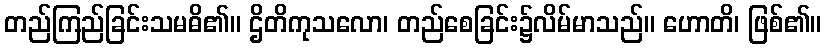
တည်ကြည်ခြင်းသမဓိ၏။ ဌိတိကုသလော၊ တည်စေခြင်း၌လိမ်မာသည်။ ဟောတိ၊ ဖြစ်၏။